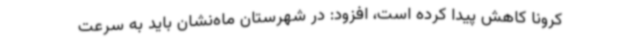
کرونا کاهش پیدا کرده است، افزود: در شهرستان ماه‌نشان باید به سرعت